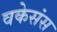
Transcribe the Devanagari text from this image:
वकेसंस